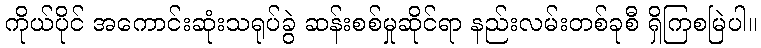
ကိုယ်ပိုင် အကောင်းဆုံးသရုပ်ခွဲ ဆန်းစစ်မှုဆိုင်ရာ နည်းလမ်းတစ်ခုစီ ရှိကြစမြဲပါ။